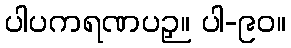
ပါပကရဏပဉှ။ ပါ-၉၀။